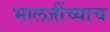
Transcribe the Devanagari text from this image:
भालजींच्याच